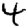
Digit: 4